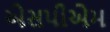
એસપીએમ